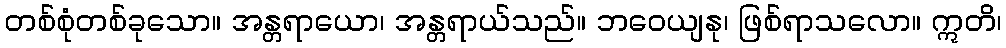
တစ်စုံတစ်ခုသော။ အန္တရာယော၊ အန္တရာယ်သည်။ ဘဝေယျနု၊ ဖြစ်ရာသလော။ ဣတိ၊